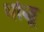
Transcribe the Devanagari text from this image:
धोळू